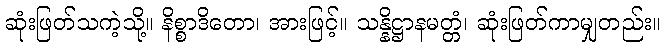
ဆုံးဖြတ်သကဲ့သို့။ နိစ္စာဒိတော၊ အားဖြင့်။ သန္နိဋ္ဌာနမတ္တံ၊ ဆုံးဖြတ်ကာမျှတည်း။